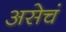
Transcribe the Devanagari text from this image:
असेचं